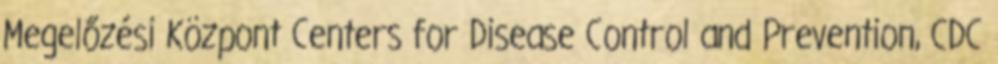
Megelőzési Központ Centers for Disease Control and Prevention, CDC